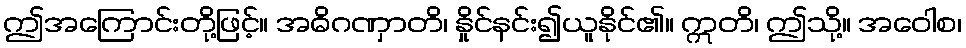
ဤအကြောင်းတို့ဖြင့်။ အဓိဂဏှာတိ၊ နှိုင်နင်း၍ယူနိုင်၏။ ဣတိ၊ ဤသို့။ အဝေါစ၊